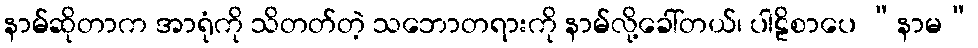
နာမ်ဆိုတာက အာရုံကို သိတတ်တဲ့ သဘောတရားကို နာမ်လို့ခေါ်တယ်၊ ပါဠိစာပေ “နာမ”